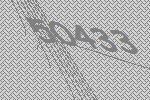
50433